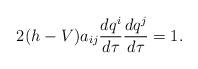
LaTeX: \begin{align*} 2(h-V)a_{ij}\frac{d q^i}{d\tau} \frac{d q^j}{d\tau}=1.\end{align*}